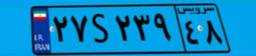
۱۴S۰۲۹۹۴